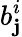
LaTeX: b_{\mathbf{j}}^{i}